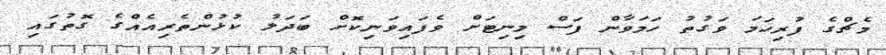
މެޗްގެ ފުރިހަމަ ވަގުތު ހަމަވާން ފަސް މިނިޓަށް ވެފައިވަނިކޮށް ބަދަލު ކުޅުންތެރިއެއްގެ ގޮތުގައި